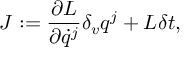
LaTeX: { J } : = \frac { \partial { L } } { \partial \dot { q } ^ { j } } \delta _ { v } q ^ { j } + { L } \delta t ,